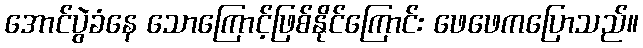
အောင်ပွဲခံနေ သောကြောင့်ဖြစ်နိုင်ကြောင်း ဖေဖေကပြောသည်။